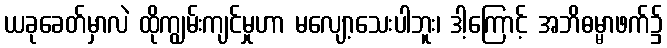
ယခုခေတ်မှာလဲ ထိုကျွမ်းကျင်မှုဟာ မလျော့သေးပါဘူး၊ ဒါ့ကြောင့် အဘိဓမ္မာဖက်၌